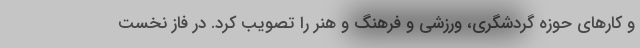
و کارهای حوزه گردشگری، ورزشی و فرهنگ و هنر را تصویب کرد. در فاز نخست